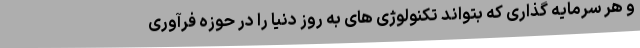
و هر سرمایه گذاری که بتواند تکنولوژی های به روز دنیا را در حوزه فرآوری